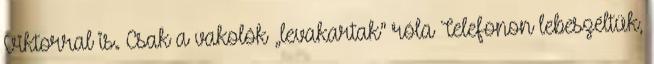
Viktorral is. Csak a vakolók „leva­kar­­tak” róla Telefonon lebeszéltük,